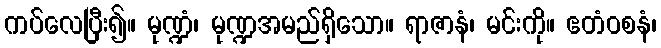
ကပ်လေပြီး၍။ မုဏ္ဍံ၊ မုဏ္ဍအမည်ရှိသော။ ရာဇာနံ၊ မင်းကို။ ဧတံဝစနံ၊